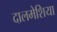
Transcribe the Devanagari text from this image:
दालमेशिया